Report on sanitation, dispensaries, and jails in Rajputana for 1911, and on vaccination for the year 1911-1912 - 1911-1912
Year: 1911
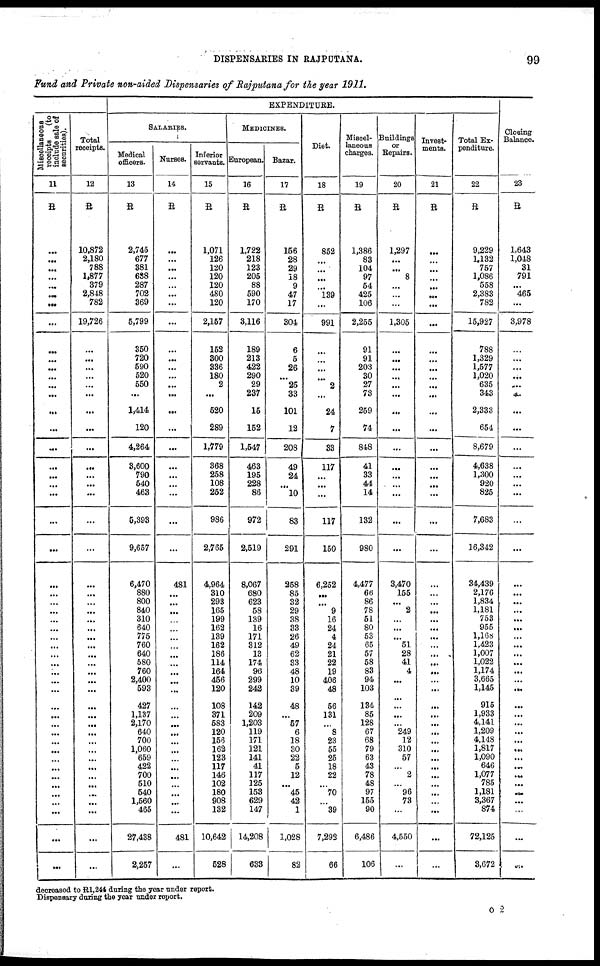
DISPENSARIES IN RAJPUTANA.
99
Fund and Private non-aided Dispensaries of Rajputana for the year 1911.
EXPENDITURE.
Miscellaneous
receipts
(to
include sale of
securities).
11
R
...
...
...
...
...
...
...
...
...
...
...
...
...
...
...
...
...
...
...
...
...
...
...
...
...
...
...
...
...
...
...
...
...
...
...
...
...
...
...
...
...
...
...
...
...
...
...
...
...
...
...
Total
receipts.
12
R
10,872
2,180
788
1,877
379
2,848
782
19,726
...
...
...
...
...
...
...
...
...
...
...
...
...
...
...
...
...
...
...
...
...
...
...
...
...
...
...
...
...
...
...
...
...
...
...
...
...
...
...
...
...
...
...
SALARIES.
Medical
officers.
13
R
2,745
677
381
638
287
702
369
5,799
350
720
590
520
550
...
1,414
120
4,264
3,600
790
540
463
5,393
9,657
6,470
880
800
840
310
640
775
760
640
580
760
2,400
593
427
1,137
2,170
640
700
1,060
659
422
700
510
540
1,560
465
27,438
2,257
Nurses.
14
R
...
...
...
...
...
...
...
...
...
...
...
...
...
...
...
...
...
...
...
...
...
...
...
481
...
...
...
...
...
...
...
...
...
...
...
...
...
...
...
...
...
...
...
...
...
...
...
...
...
481
...
Inferior
servants.
15
R
1,071
126
120
120
120
480
120
2,157
152
300
336
180
2
...
520
289
1,779
368
258
108
252
986
2,765
4,964
310
293
165
199
162
139
162
186
114
164
456
120
108
371
583
120
156
162
123
117
146
102
180
908
132
10,642
528
MEDICINES.
European.
16
R
1,722
218
123
205
88
590
170
3,116
189
213
422
290
29
237
15
152
1,547
463
195
228
86
972
2,519
8,067
680
623
58
139
16
171
312
13
174
96
299
242
142
209
1,203
119
171
121
141
41
117
125
153
629
147
14,208
633
Bazar.
17
R
156
28
29
18
9
47
17
304
6
5
26
...
25
33
101
12
208
49
24
...
10
83
291
258
85
32
29
38
33
26
49
62
33
48
10
39
48
...
57
6
18
30
22
5
12
...
45
42
1
1,028
82
Diet.
18
R
852
...
...
...
...
139
...
991
...
...
...
...
2
...
24
7
33
117
...
...
...
117
150
6,252
...
...
9
16
24
4
24
21
22
19
406
48
56
131
...
8
23
55
25
18
22
...
70
...
39
7,292
66
Miscel-
laneous
charges.
19
R
1,386
83
104
97
54
425
106
2,255
91
91
203
30
27
73
259
74
848
41
33
44
14
132
980
4,477
66
86
78
51
80
53
65
57
58
83
94
103
134
85
128
67
68
79
63
43
78
48
97
155
90
6,486
106
Buildings
or
Repairs.
20
R
1,297
...
...
8
...
...
...
1,305
...
...
...
...
...
...
...
...
...
...
...
...
...
...
...
3,470
155
...
2
...
...
...
51
28
41
4
...
...
...
...
...
249
12
310
57
...
2
...
96
73
...
4,550
...
Invest-
ments.
21
R
...
...
...
...
...
...
...
...
...
...
...
...
...
...
...
...
...
...
...
...
...
...
...
...
...
...
...
...
...
...
...
...
...
...
...
...
...
...
...
...
...
...
...
...
...
...
...
...
...
...
...
Total Ex-
penditure.
22
R
9,229
1,132
757
1,086
558
2,383
782
15,927
788
1,329
1,577
1,020
635
343
2,333
654
8,679
4,638
1,300
920
825
7,683
16,342
34,439
2,176
1,834
1,181
753
955
1,168
1,423
1,007
1,022
1,174
3,665
1,145
915
1,933
4,141
1,209
4,148
1,817
1,090
646
1,077
785
1,181
3,367
874
72,125
3,672
Closing
Balance.
23
R
1,643
1,048
31
791
...
465
...
3,978
...
...
...
...
...
...
...
...
...
...
...
...
...
...
...
...
...
...
...
...
...
...
...
...
...
...
...
...
...
...
...
...
...
...
...
...
...
...
...
...
...
...
...
decreased to R1,244 during the year under report.
Dispensary during the year under report.
O 2